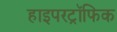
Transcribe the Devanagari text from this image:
हाइपरट्रॉफिक